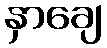
နှာချေ